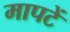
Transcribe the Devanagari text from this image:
मापटें